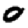
Digit: 0